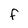
Character: f